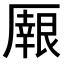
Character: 𠪼